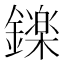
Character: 𮣏